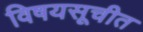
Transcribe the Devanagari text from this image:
विषयसूचीत